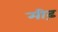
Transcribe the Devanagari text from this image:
मीढ़